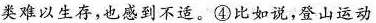
类难以生存，也感到不适。④比如说，登山运动